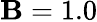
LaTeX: \mathbf{B}=1.0